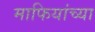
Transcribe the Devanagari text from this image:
माफियांच्या